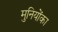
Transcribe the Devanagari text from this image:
मुनियोंका